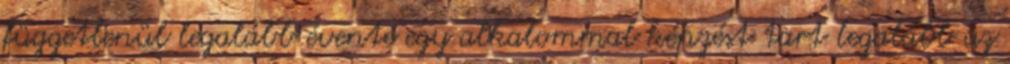
függetlenül legalább évente egy alkalommal képzést tart legalább az